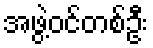
အဖွဲ့ဝင်တစ်ဦး